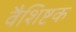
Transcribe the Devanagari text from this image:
वैशिष्टक